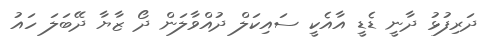
ދަރިފުޅު ދާނީ ޑެޑީ އާއެކީ ސައިކަލް ދުއްވާލަން ދޯ ޒާޔާ ދޭބަލަ ހައު